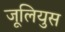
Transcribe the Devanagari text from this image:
जूलियुस